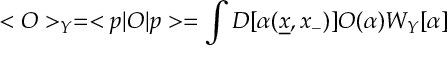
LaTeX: < O > _ { Y } = < p \vert O \vert p > = \int { \large D } [ \alpha ( { \underline { { x } } } , x _ { - } ) ] O ( \alpha ) W _ { Y } [ \alpha ]